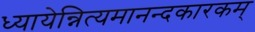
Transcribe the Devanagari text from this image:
ध्यायेन्नित्यमानन्दकारकम्